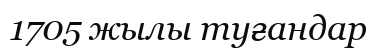
1705 жылы туғандар